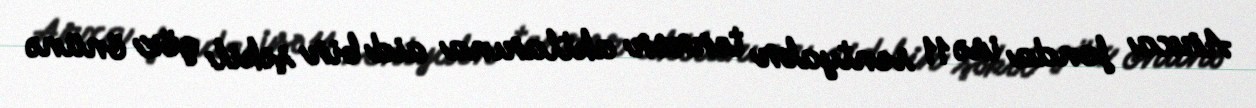
Arxa fonda isə 11 sentyabr terror aktlarına aid bir şəkil göz önünə